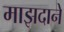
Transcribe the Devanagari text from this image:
माझदाने